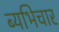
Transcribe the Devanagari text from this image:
ब्यभिचार